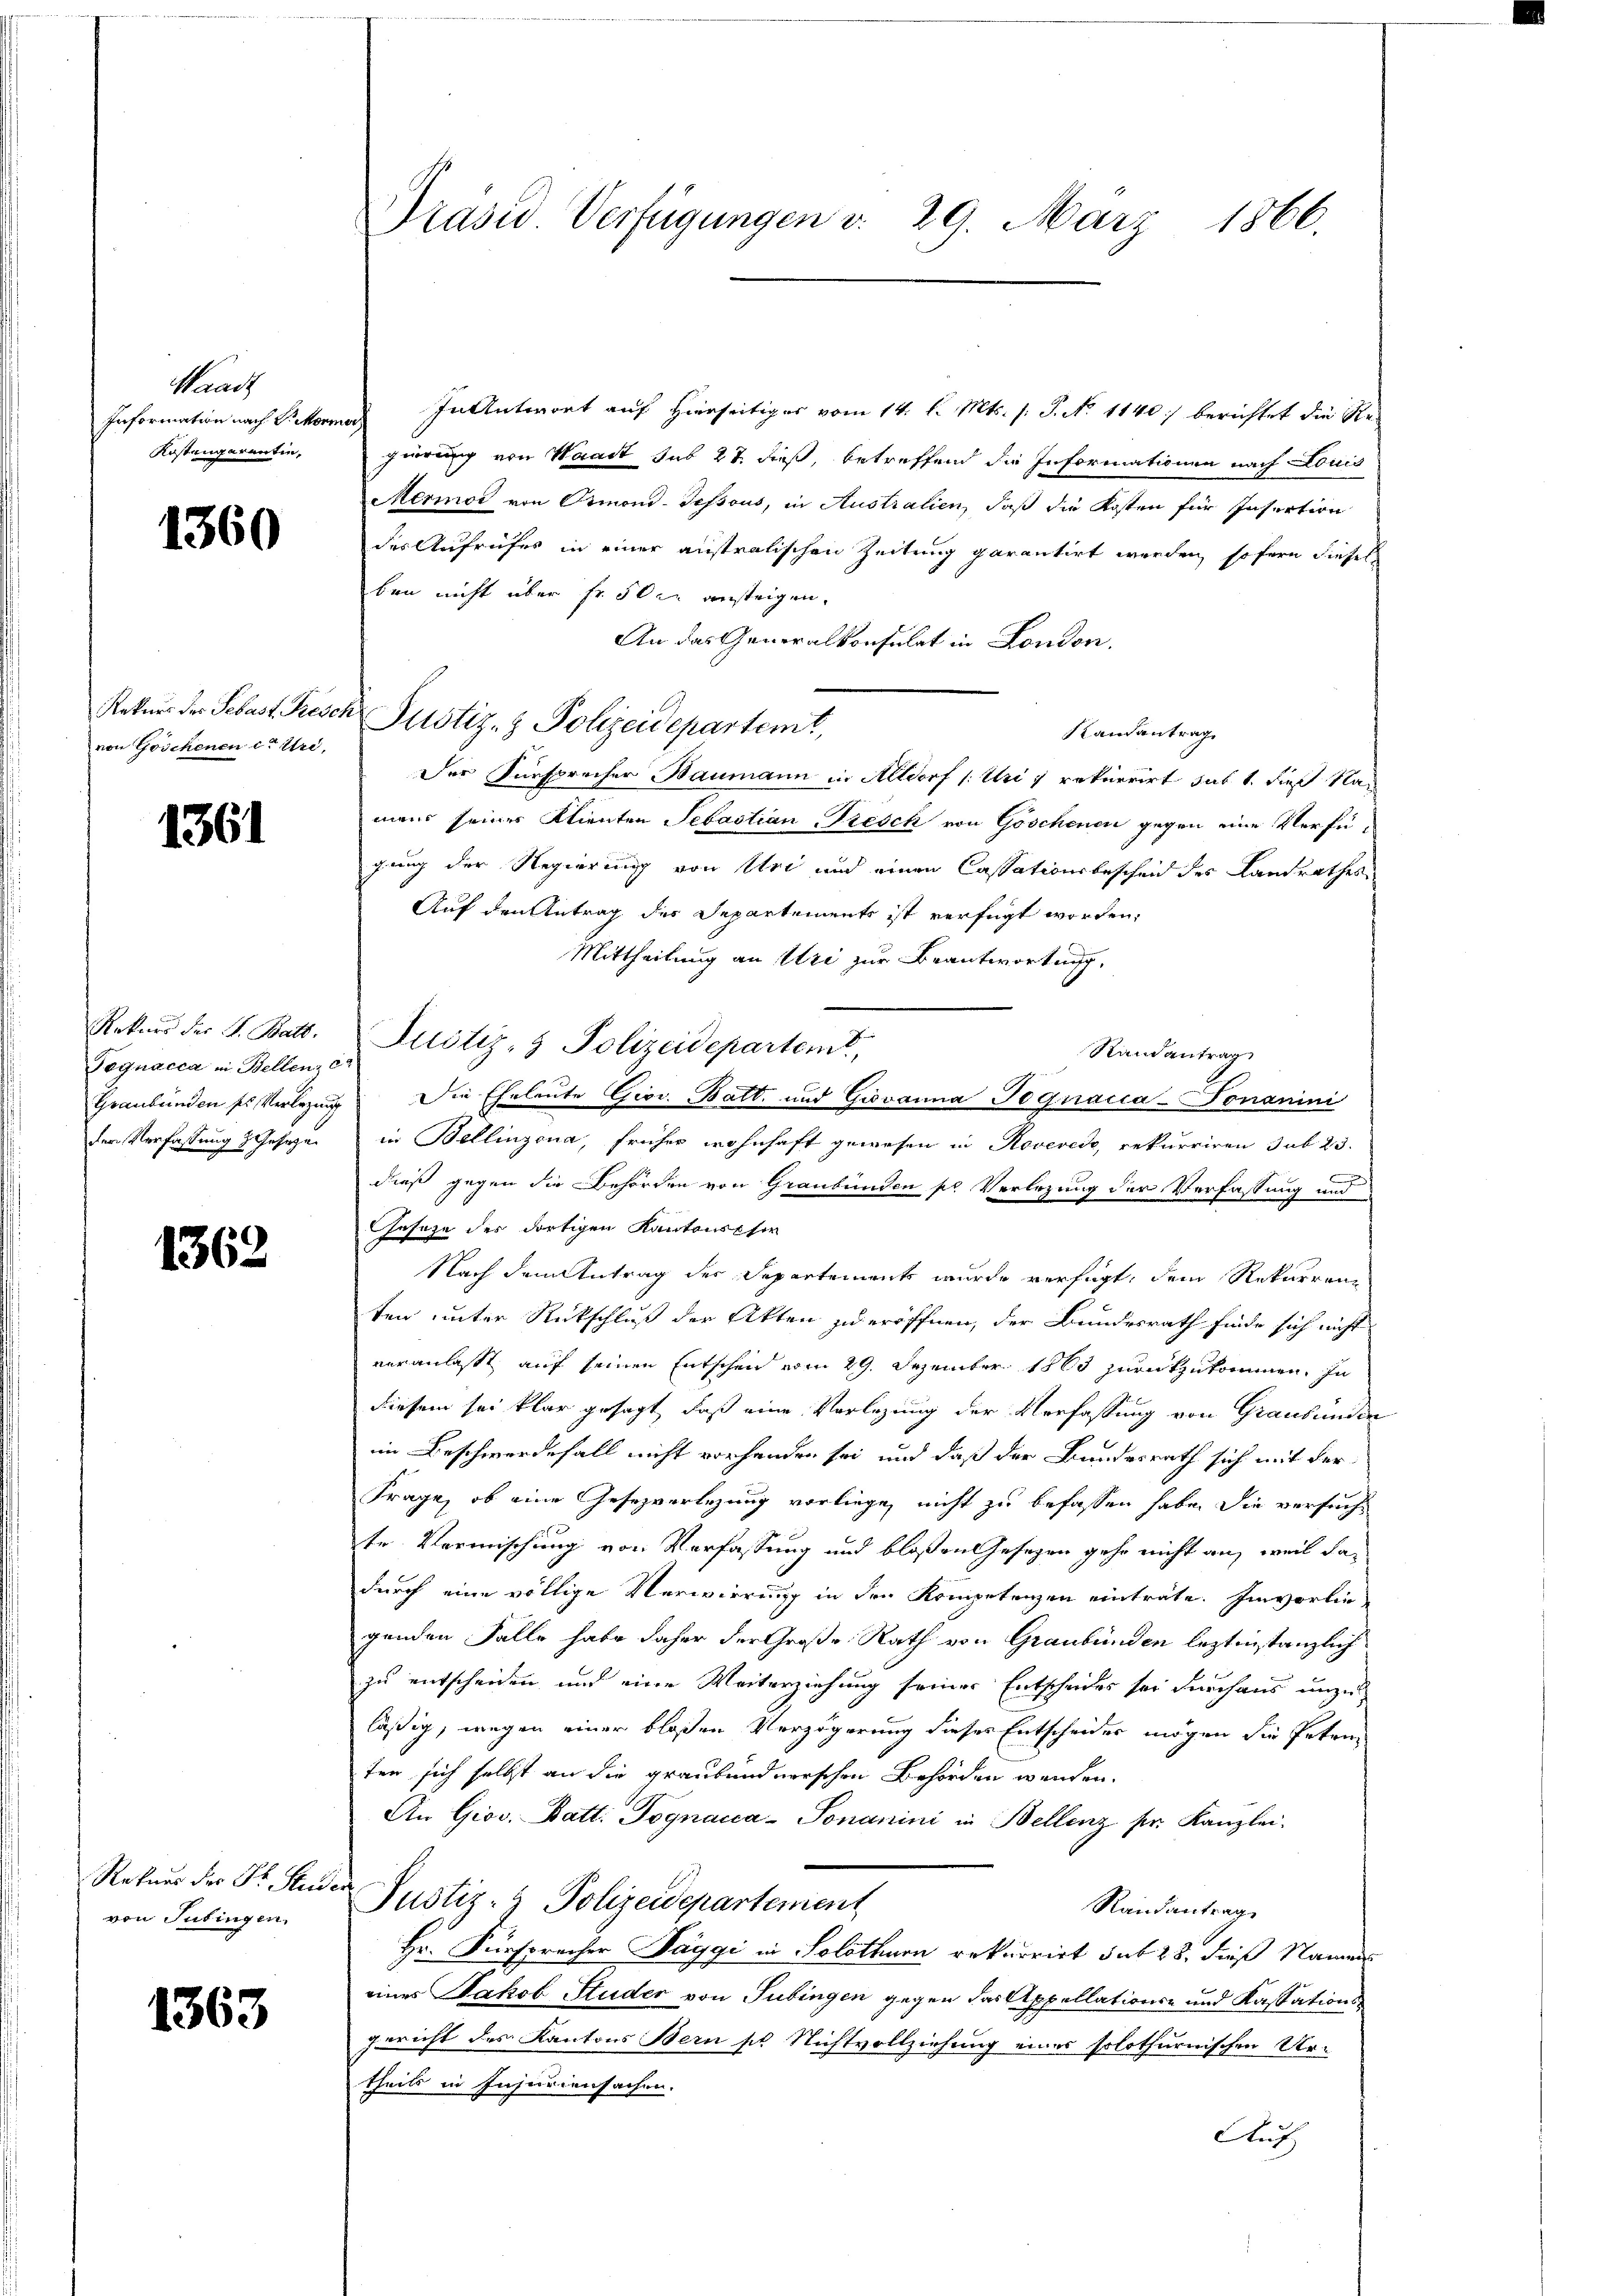
Waadt
Kostenparentin,

1360

von Göschenen d. Uri,

1361

Rekurs der J. Batt.
Pognacca in Bellenz er
der Verfassung 2 Jahrzun

1362

Rekurs der Dr. Stud
von Tutingen.

1363

Information nach Pickormer In Antwort auf hierseitiges vom 14. d. Mts. /: P. No 1140 :/ berichtet die Regierung von Waadt sub 27 dieß, betreffend die Informationen nach Louis
Mermor von Ormond-dessous, in Australien, daß die Kosten für Insertion
des Aufrufes in einer anstralischen Zeitung garantirt werden sofern dieses
ben nicht über Fr. 50c ansteigen.
An das Generalkonsulat in London.
Randantrag
Der Fürsprecher Baumann in Altdorf (Uri) rekurrirt sub 1. dieß Nach
mans seines Klienten Sebastian Presch von Göschenen gegen eine Verfügung der Regierung von Art und einen Cassationsbescheid des Landrathes
Auf den Antrag des Departements ist verfügt worden,
Mittheilung an Uri zur Beantwortung,
Justiz- & Polizeidepartemt,
Randantrag
Graubünden ses Verlegung die Eheleute Gior. Batt. und Giovanna Pognacca-Fonanini
in Bellinzona, früher wohnhaft gewesen in Roverede, rekurriren sub 23.
dieß gegen die Behörden von Graubünden sr Verlegung der Verfassung und
Geseze des dortigen Kantonscher
Nach dem Antrag der Departements wurde verfügt, dem Rekurrenz
ten unter Rückschluß der Akten zu eröffnen, der Bundesrath finde sich nicht
veranlasst, auf seinen Entscheid vom 29. Dezember 1863 zurückzukommen, zu
diesem sei klar gesagt, daß eine Vorlegung der Verfassung von Graubünden
im Beschwerdefall nicht vorhanden sei und daß der Bundesrath sich mit der
Frage, ob eine Gesezverlegung vorliege, nicht zu befassen habe. Die versucht
te Vermischung von Verfassung und bloßen Gesezen gehe nicht an, weil dadurch eine völlige Verwirrung in den Kompetenzen einträte. Einvorliegenden Falle habe daher der Große Rath von Graubünden leztinstanzlich
zu entscheiden und eine Weiterziehung seines Entscheides sei durchaus unzuläßig, wegen einer bloßen Verzögerung dieses Entscheides mögen die Petrie
ten sich selbst an die graubünderrschen Behörden werden.
An Giov. Batt. Pognama-Sonanini in Bellenz pr. Kanzlei-
t
Justiz- & Polizeidepartement
Randantrag
Hr. Fürsprecher Taggi in Solothurn rekurrirt sub 28. dieß Namens
eines Jakob Studer von Tübingen gegen das Appellations- und Kassations¬
Gericht des Kantons Bern sie Nichtvollziehung eines solothurnischen Ur-
theils in Insuriensachen.
Aush

Präsid. Verfügungen d. 29. März 1866.

Rekurs der Sebast Besch Pustiz- & Polizeidepartemt,